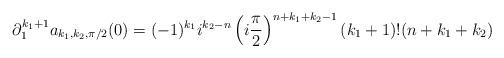
LaTeX: \begin{align*}\partial^{k_1+1}_1 a_{k_1,k_2,\pi/2}(0)=(-1)^{k_1} i^{k_2-n} \left( i\frac{\pi}{2} \right)^{n+k_1+k_2-1} (k_1+1)! (n+k_1+k_2)\end{align*}